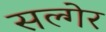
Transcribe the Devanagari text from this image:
सल्गेर